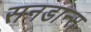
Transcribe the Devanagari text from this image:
सनडान्स